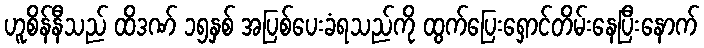
ဟူစိန်နီသည် ထိဒဏ် ၁၅နှစ် အပြစ်ပေးခံရသည်ကို ထွက်ပြေးရှောင်တိမ်းနေပြီးနောက်